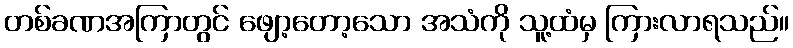
တစ်ခဏအကြာတွင် ဖျော့တော့သော အသံကို သူ့ထံမှ ကြားလာရသည်။